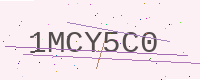
Text: 1MCY5C0